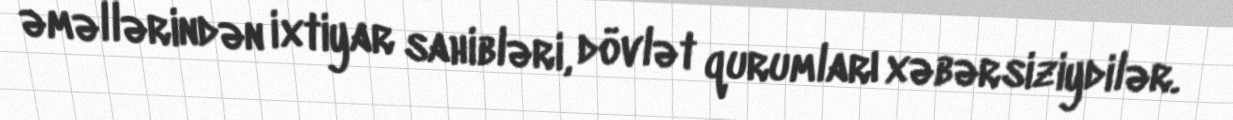
əməllərindən ixtiyar sahibləri, dövlət qurumları xəbərsiziydilər.